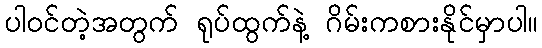
ပါဝင်တဲ့အတွက် ရုပ်ထွက်နဲ့ ဂိမ်းကစားနိုင်မှာပါ။